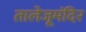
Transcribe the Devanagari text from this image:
तालेजूमंदिर